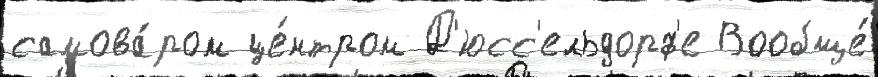
самова́ром це́нтром Д'юсс'ельдорф'е Вообще́